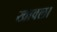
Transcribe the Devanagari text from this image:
खावला